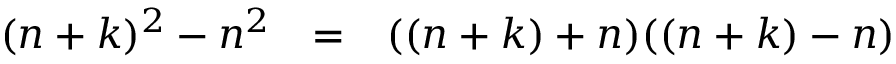
\begin{array} { l c l } { ( n + k ) ^ { 2 } - n ^ { 2 } } & { = } & { ( ( n + k ) + n ) ( ( n + k ) - n ) } \end{array}